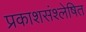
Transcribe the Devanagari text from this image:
प्रकाशसंश्लेषित